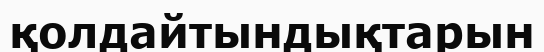
қолдайтындықтарын